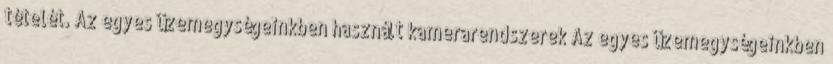
tételét. Az egyes üzemegységeinkben használt kamerarendszerek Az egyes üzemegységeinkben